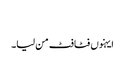
‏
ایہنوں فٹافٹ من لیا۔